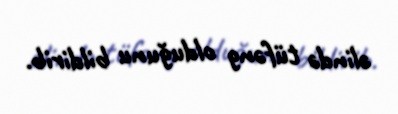
əlində tüfəng olduğunu bildirib.